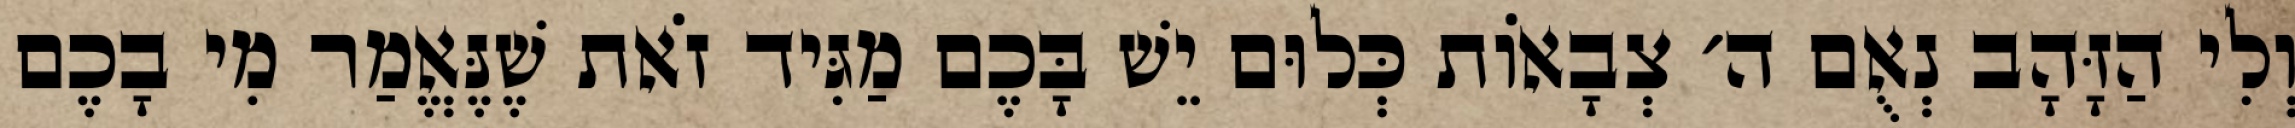
וְלִי הַזָּהָב נְאֻם ה׳ צְבָאוֹת כְּלוּם יֵשׁ בָּכֶם מַגִּיד זֹאת שֶׁנֶּאֱמַר מִי בָכֶם